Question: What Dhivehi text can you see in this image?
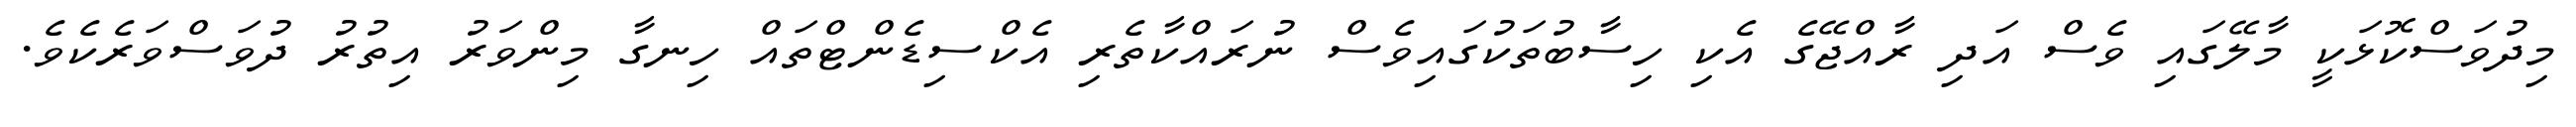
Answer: މިދުވަސްކޮޅަކީ މާލޭގައި ވެސް އަދި ރާއްޖޭގެ އެކި ހިސާބުތަކުގައިވެސް ނުރައްކާތެރި އެކްސިޑެންޓްތައް ހިނގާ މިންވަރު އިތުރު ދުވަސްވަރެކެވެ.